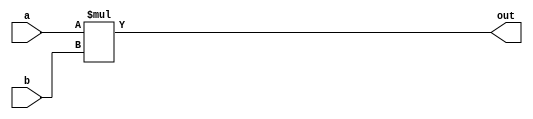
/*
 *   Implements 16bit accurate multiplier
 *
 *
 *  Permission to use, copy, modify, and/or distribute this software for any
 *  purpose with or without fee is hereby granted, provided that the above
 *  copyright notice and this permission notice appear in all copies.
 *
 *  THE SOFTWARE IS PROVIDED "AS IS" AND THE AUTHORS DISCLAIM ALL WARRANTIES
 *  WITH REGARD TO THIS SOFTWARE INCLUDING ALL IMPLIED WARRANTIES OF
 *  MERCHANTABILITY AND FITNESS. IN NO EVENT SHALL THE AUTHORS BE LIABLE FOR
 *  ANY SPECIAL, DIRECT, INDIRECT, OR CONSEQUENTIAL DAMAGES OR ANY DAMAGES
 *  WHATSOEVER RESULTING FROM LOSS OF USE, DATA OR PROFITS, WHETHER IN AN
 *  ACTION OF CONTRACT, NEGLIGENCE OR OTHER TORTIOUS ACTION, ARISING OUT OF
 *  OR IN CONNECTION WITH THE USE OR PERFORMANCE OF THIS SOFTWARE.
 *
 */


module x16_accu_mul (
    input [15:0] a, // 16-bit input A
    input [15:0] b, // 16-bit input B
    output [31:0] out // 32-bit output result
);
    assign out = a*b;

endmodule